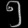
Digit: ၅